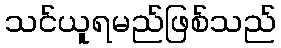
သင်ယူရမည်ဖြစ်သည်